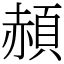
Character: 頳